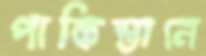
পাকিস্তানে